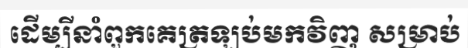
ដើម្បីនាំពួកគេត្រឡប់មកវិញ សម្រាប់